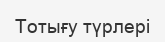
Тотығу түрлері